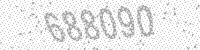
Solution: 688090